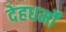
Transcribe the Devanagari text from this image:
देहधर्मों